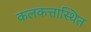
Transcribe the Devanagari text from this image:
कलकत्तास्थित